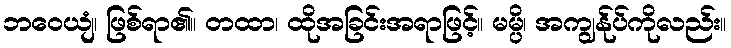
ဘဝေယျံ၊ ဖြစ်ရာ၏။ တထာ၊ ထိုအခြင်းအရာဖြင့်။ မမ္ပိ၊ အကျွန်ုပ်ကိုလည်း။